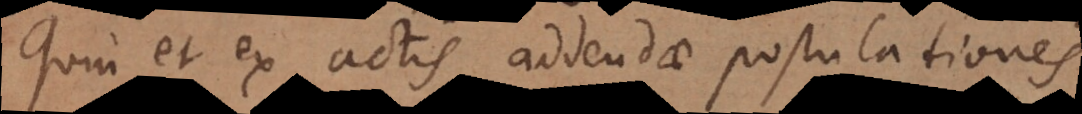
Quin et ex actis addendae postulationes